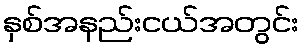
နှစ်အနည်းငယ်အတွင်း